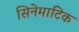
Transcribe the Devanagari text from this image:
सिनेमाटिक